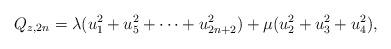
LaTeX: \begin{align*}Q_{z,2n} = \lambda (u_1^2 + u_5^2 + \cdots + u_{2n+2}^2) + \mu (u_2^2 + u_3^2 +u_4^2),\end{align*}